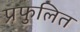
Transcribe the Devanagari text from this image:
प्रफुलित